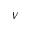
V